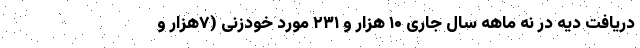
دریافت دیه در نه ماهه سال جاری ۱۰ هزار و ۲۳۱ مورد خودزنی (۷هزار و